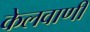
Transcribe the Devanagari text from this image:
केलवाणी